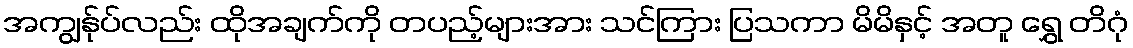
အကျွန်ုပ်လည်း ထိုအချက်ကို တပည့်များအား သင်ကြား ပြသကာ မိမိနှင့် အတူ ရွှေ တိဂုံ